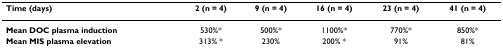
<table><thead><tr><td><b>Time (days)</b></td><td><b>2 (n = 4)</b></td><td><b>9 (n = 4)</b></td><td><b>16 (n = 4)</b></td><td><b>23 (n = 4)</b></td><td><b>41 (n = 4)</b></td></tr></thead><tbody><tr><td><b>Mean DOC plasma induction</b></td><td>530%*</td><td>500%*</td><td>1100%*</td><td>770%*</td><td>850%*</td></tr><tr><td><b>Mean MIS plasma elevation</b></td><td>313% *</td><td>230%</td><td>200% *</td><td>91%</td><td>81%</td></tr></tbody></table>